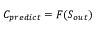
C _ { p r e d i c t } = F ( S _ { o u t } )